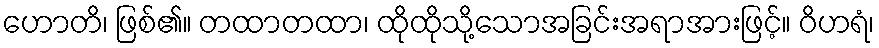
ဟောတိ၊ ဖြစ်၏။ တထာတထာ၊ ထိုထိုသို့သောအခြင်းအရာအားဖြင့်။ ဝိဟရံ၊